Leaving Certificate Examination (including Day School Certificate (Higher) General paper), 1931
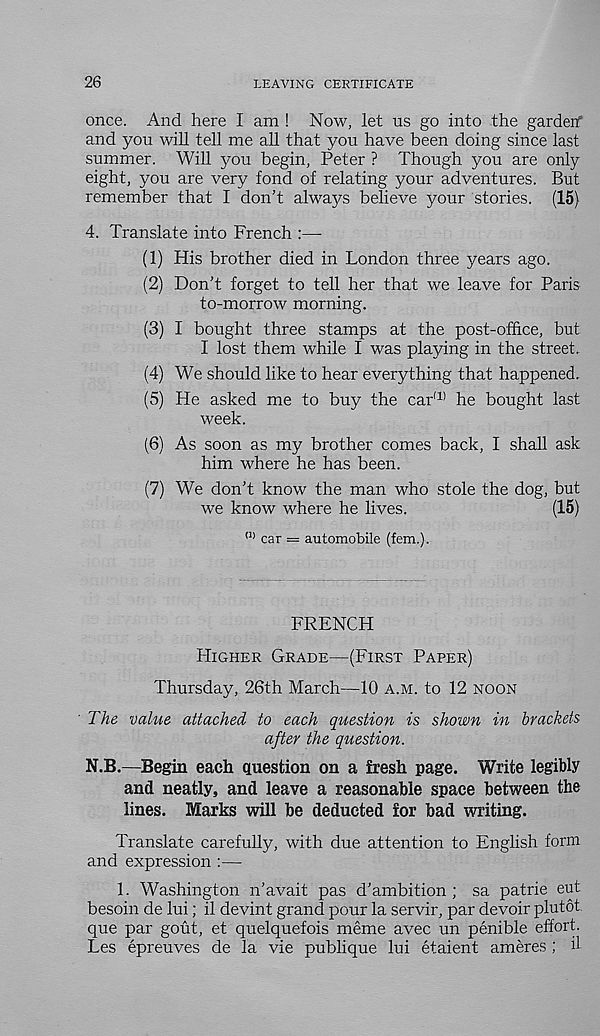
26
LEAVING CERTIFICATE
once. And here I am ! Now, let us go into the garderf
and you will tell me all that you have been doing since last
summer. Will you begin, Peter ? Though you are only
eight, you are very fond of relating your adventures. But
remember that I don’t alwaj^s believe your stories. (15)
4. Translate into French :—
(1) His brother died in London three years ago.
(2) Don’t forget to tell her that we leave for Paris
to-morrow morning.
(3) I bought three stamps at the post-office, but
I lost them while I was playing in the street.
(4) We should like to hear everything that happened.
(5) He asked me to buy the car' 1
week.
(6) As soon as my brother comes back, I shall ask
him where he has been.
(7) We don’t know the man who stole the dog, but
we know where he lives.
(15)
<:l) car = automobile (fem.).
FRENCH
HIGHER GRADE—(FIRST PAPER)
Thursday, 26th March—10 A.M. to 12 NOON
The value attached to each question is shown in brackets
after the question.
N.B.—Begin each question on a fresh page. Write legibly
and neatly, and leave a reasonable space between the
lines. Marks will be deducted for bad writing.
Translate carefully, with due attention to English form
and expression :—
1. Washington n’avait pas d’ambition ; sa patrie eut
besoin de lui; il devint grand pour la servir, par devoir plutot
que par gout, et quelquefois meme avec un penible effort.
Les epreuves de la vie publique lui etaient ameres ; il